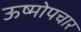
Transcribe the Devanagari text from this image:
ऊष्मोपचार